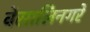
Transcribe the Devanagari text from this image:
वेसालिनगरे